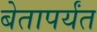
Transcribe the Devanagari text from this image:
बेतापर्यंत